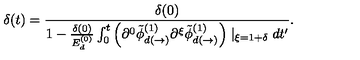
\delta ( t ) = \frac { \delta ( 0 ) } { 1 - \frac { \delta ( 0 ) } { E _ { d } ^ { ( 0 ) } } \int _ { 0 } ^ { t } \left( \partial ^ { 0 } \tilde { \phi } _ { d ( \rightarrow ) } ^ { ( 1 ) } \partial ^ { \xi } \tilde { \phi } _ { d ( \rightarrow ) } ^ { ( 1 ) } \right) \mid _ { \xi = 1 + \delta } d t ^ { \prime } } .